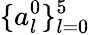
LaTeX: \{ a_{l}^{0}\} _{l=0}^{5}